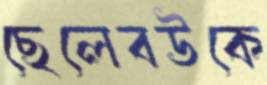
ছেলেবউকে